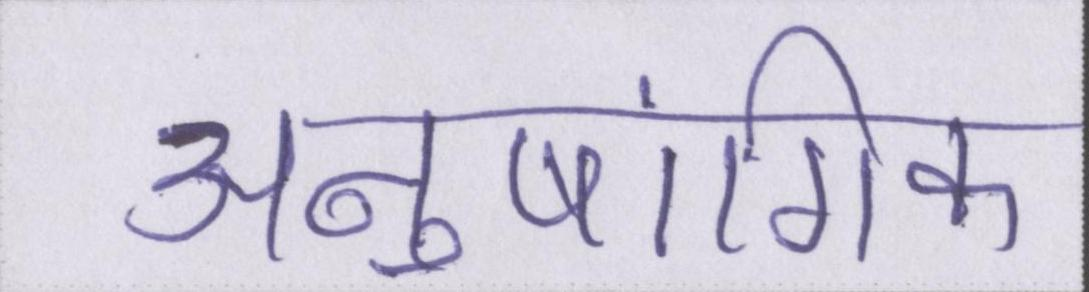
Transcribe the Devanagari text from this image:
अनुषांगिक